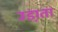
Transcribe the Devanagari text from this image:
उडा़ता